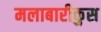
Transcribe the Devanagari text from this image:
मलाबारीकुस